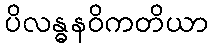
ပိလန္ဓနဝိကတိယာ